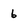
Character: 6